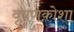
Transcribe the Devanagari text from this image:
वृषणकोशा